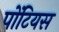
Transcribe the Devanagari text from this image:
पोंटियस